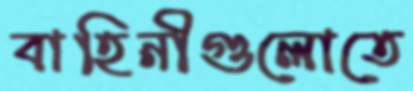
বাহিনীগুলোতে